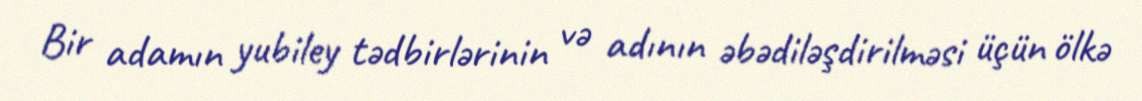
Bir adamın yubiley tədbirlərinin və adının əbədiləşdirilməsi üçün ölkə